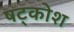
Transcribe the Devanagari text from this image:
षट्कोश